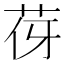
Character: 𦭿